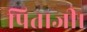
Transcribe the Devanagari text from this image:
पिताजी।